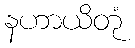
နဟာယိတုံ